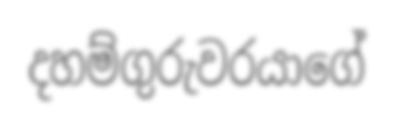
දහම්ගුරුවරයාගේ